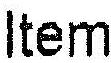
ITEM